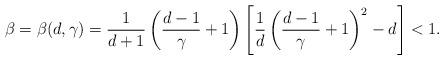
LaTeX: \begin{align*} \beta = \beta(d, \gamma) = \frac{1}{d + 1} \left(\frac{d-1}{\gamma} + 1\right)\left[\frac{1}{d}\left(\frac{d-1}{\gamma} + 1\right)^2 - d\right] < 1 .\end{align*}